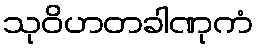
သုဝိဟတခါဏုကံ